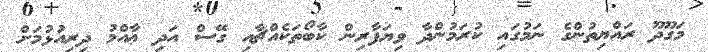
މަގޫދޫ ރައްޔިތުންގެ ނަމުގައި ކުރަމުންދާ ވިޔަފާރިން ކާބޯތަކެއްޗާއި ގޭސް އަދި ޢާއްމު ދިރިއުޅުމަށް